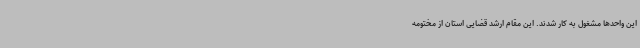
این واحدها مشغول به کار شدند. این مقام ارشد قضایی استان از مختومه